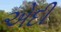
એદી